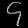
Digit: ၄